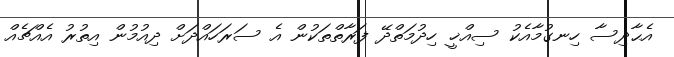
އެޙާދިސާ ހިނގުމާއެކު ސިއްޚީ ހިދުމަތްދޭ ފަރާތްތަކުން އެ ސަރަހައްދަށް ދިއުމުން އިތުރު އެއްޗެއް